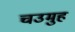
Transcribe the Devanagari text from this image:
चउमुह